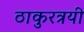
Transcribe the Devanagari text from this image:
ठाकुरत्रयी